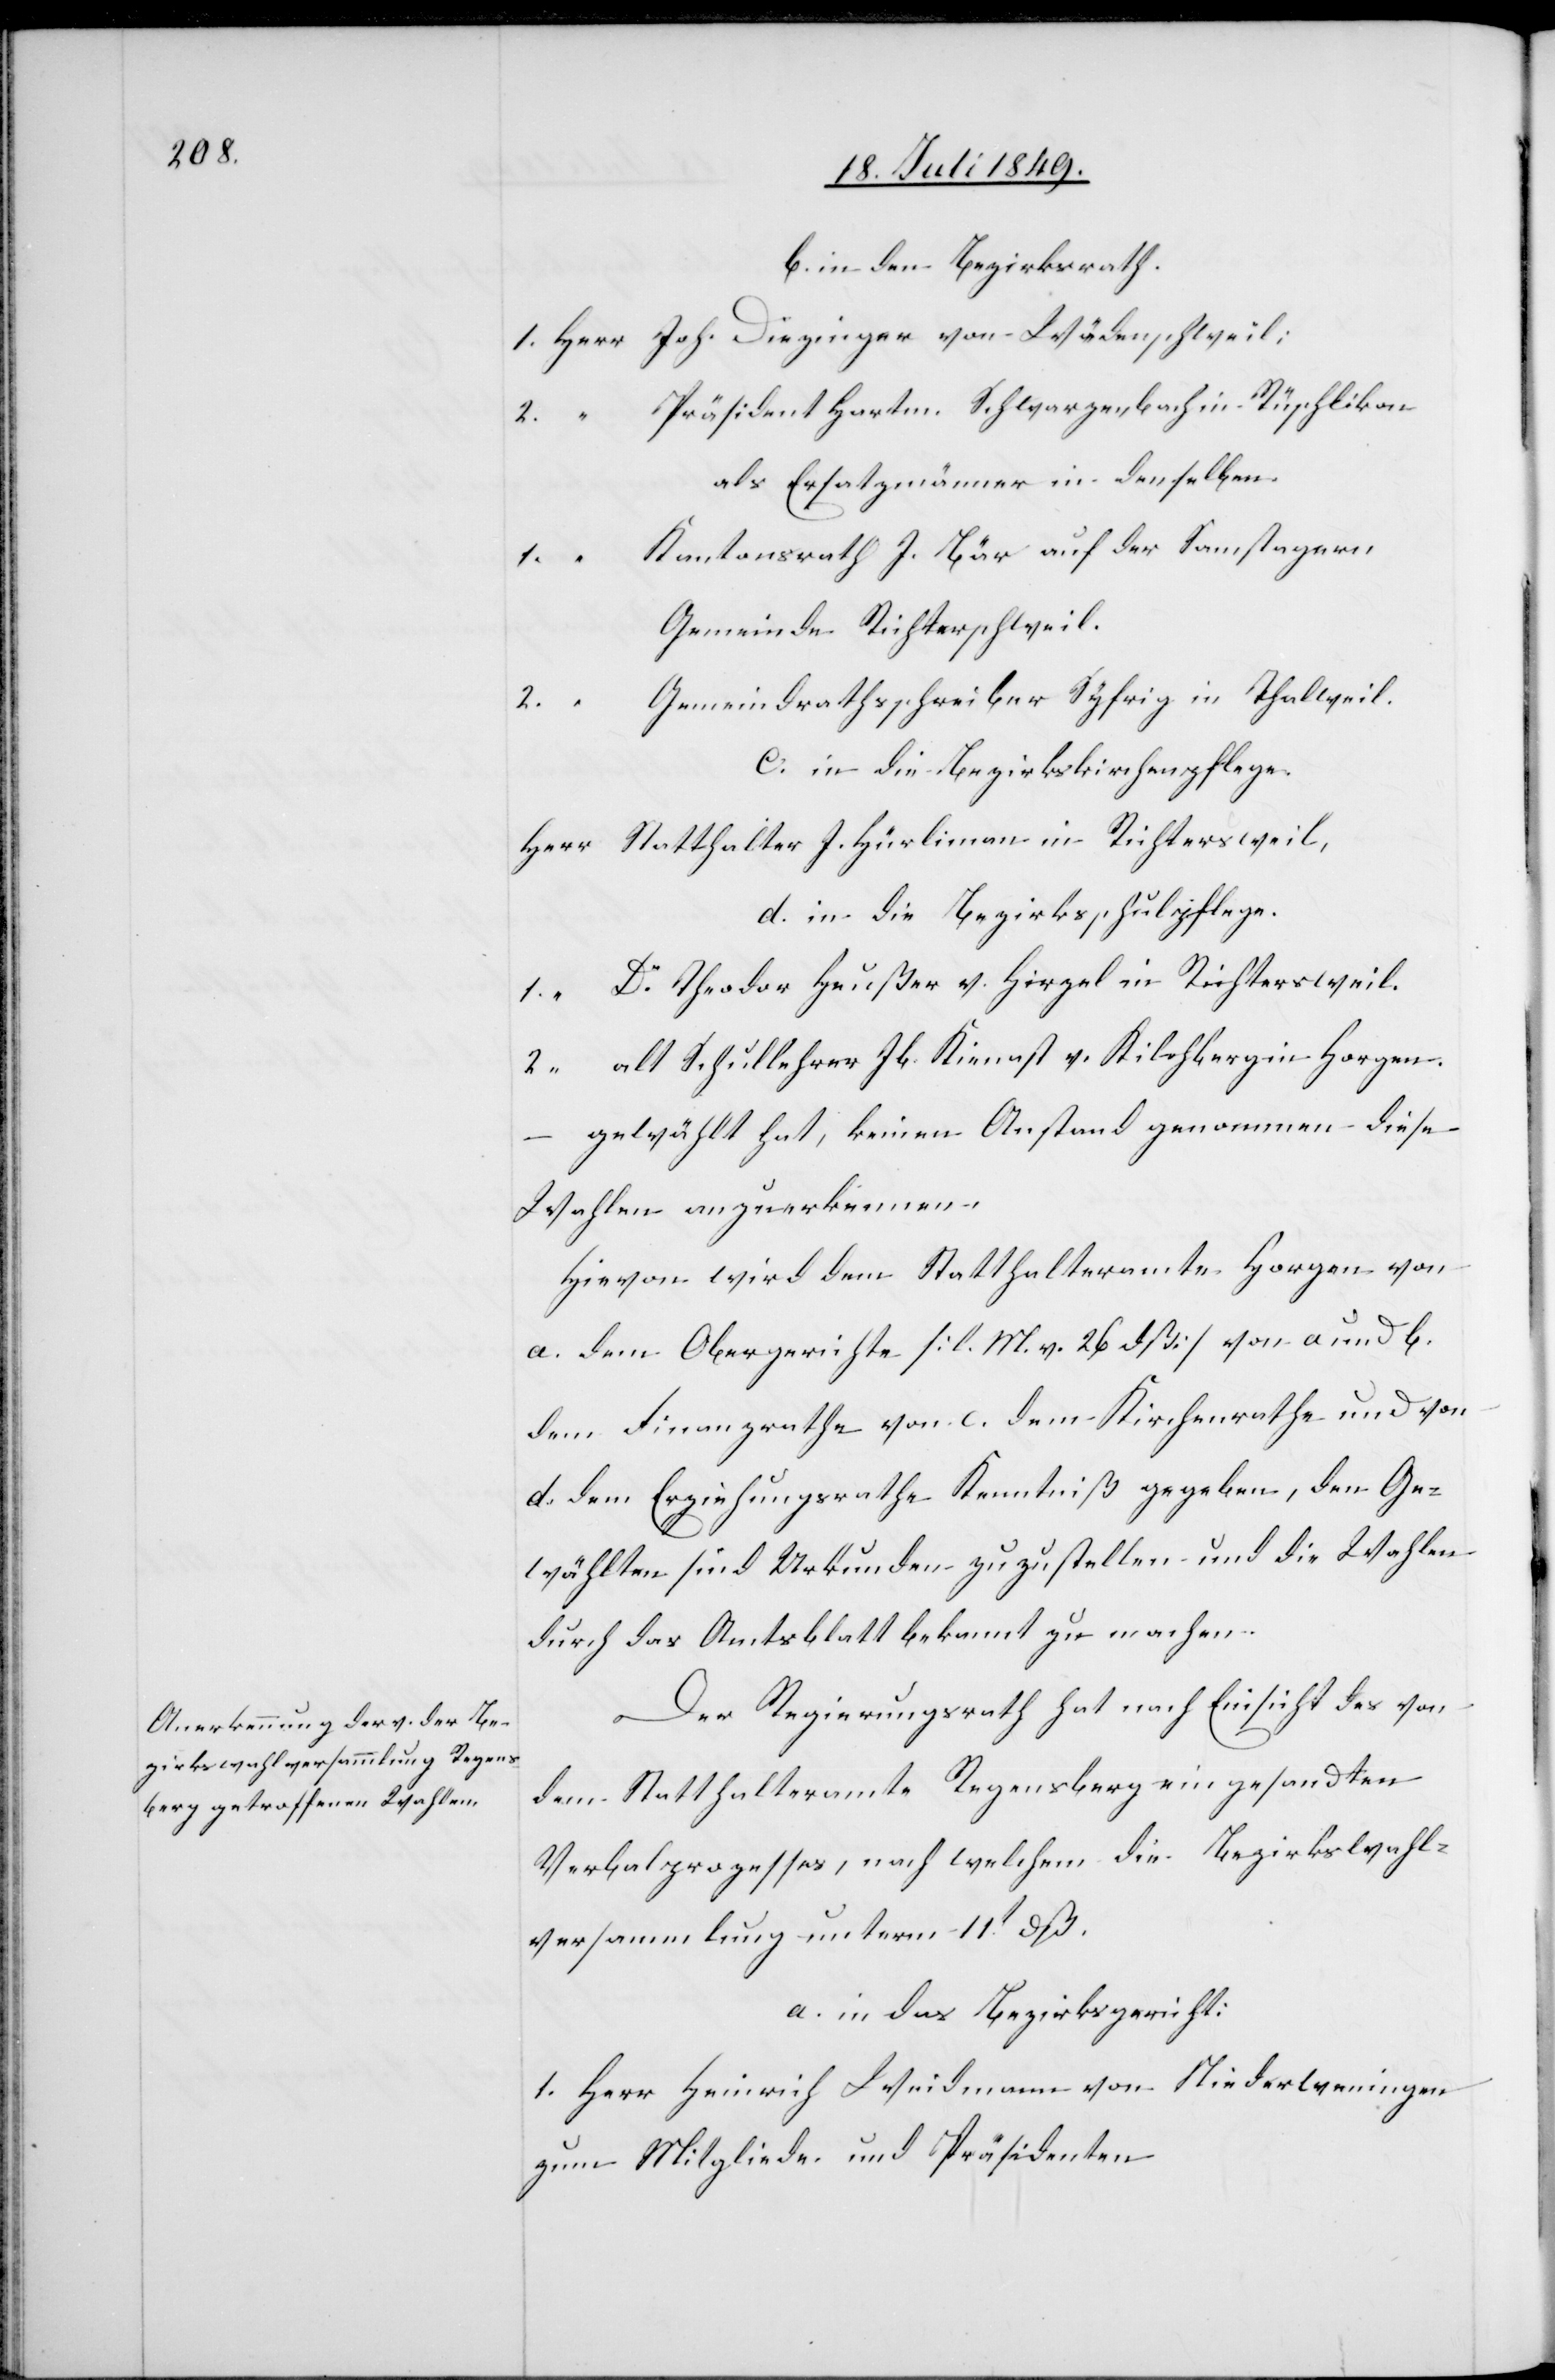
b. in den Bezirksrath.
1.	Herr	Joh. Diezinger von Wädenschweil;
2.		“	Präsident Hartm. Schwarzenbach in Rüschlikon
als Ersatzmänner in denselben.
1.		“	Kantonsrath J. Bär auf der Samstagern
Gemeinde Richterschweil.
emeindrathsschreiber Syfrig in Thalweil.
2.		“	G¬
c. in die Bezirkskirchenpflege.
Herr Statthalter J. Hürlimann in Richterschweil,
d. in die Bezirksschulpflege.
Theodor Heußer v. Hirzel in Richterschweil.
2.		“	alt Schullehrer Jb. Kienast v. Kilchberg in Horgen.
gewählt hat, keinen Anstand genommen diese
Wahlen anzuerkennen.
Hievon wird dem Statthalteramte Horgen von
a. dem Obergerichte [l. M. v. 26dß] von a und b.
dem Finanzrathe von c. dem Kirchenrathe und von
d. dem Erziehungsrathe Kenntniß gegeben, den Ge¬
wählten sind Urkunden zuzustellen und die Wahlen
durch das Amtsblatt bekannt zu machen.
Der Regierungsrath hat nach Einsicht des von
dem Statthalteramte Regensberg eingesandten
Verbalprozesses, nach welchem die Bezirkswahl¬
versammlung unterm 11t dß.
a. in das Bezirksgericht:
1.	Herr 	Heinrich Weidmann von Niederweningen
zum Mitgliede und Präsidenten